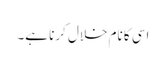
اسی کا نام خلال کرنا ہے۔